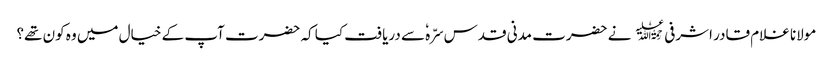
مولانا غلام قادر اشرفی﷫ نے حضرت مدنی قدس سرّہٗ سے دریافت کیا کہ حضرت آپ کے خیال میں وہ کون تھے؟